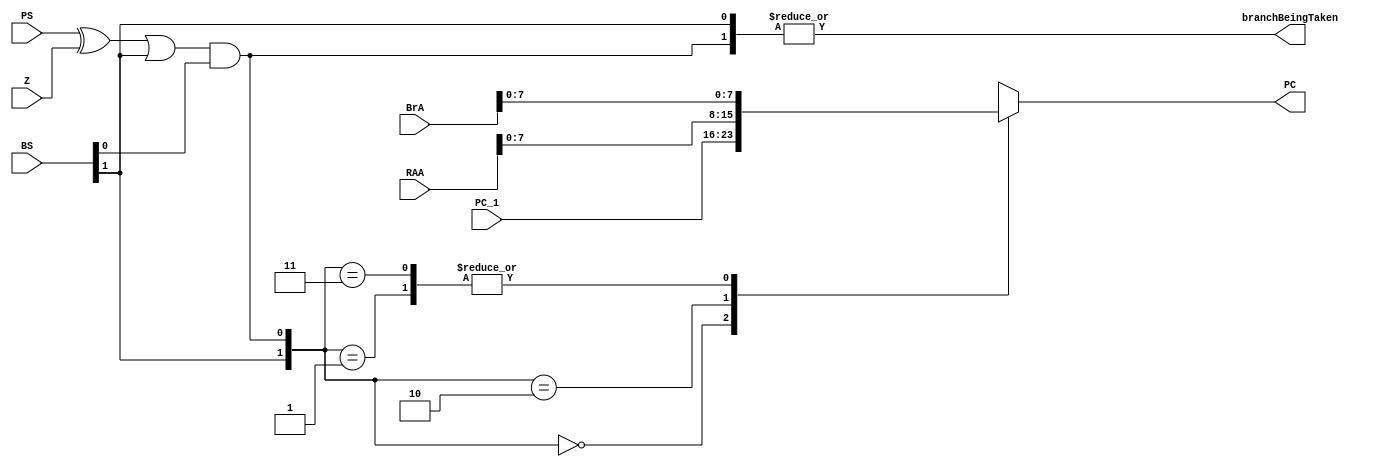
module homework5_risc_branch_logic_module(
    input [7:0] PC_1,
    input [1:0] BS,
    input PS, 
    input Z,
    input [31:0] BrA,
    input [31:0] RAA,
    output reg [7:0] PC = 8'b0,
    output reg branchBeingTaken = 1'b0
    );
    
    reg [1:0] logic = 2'b0;
    
    // MUXC
    always @(*) begin
    
         logic <= {BS[1], (((PS ^ Z)|BS[1])&BS[0])};
        // logic <= {(((PS ^ Z)|BS[1])&BS[0]), BS[1]};
        
        case (logic)
            2'd0: PC <= PC_1;
            2'd1: PC <= BrA[7:0];
            2'd2: PC <= RAA[7:0];
            2'd3: PC <= BrA[7:0];
            default: PC <= 8'bX;
         endcase
         
         branchBeingTaken <= |logic;
      
    end
    
endmodule